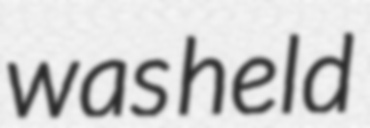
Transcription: was held